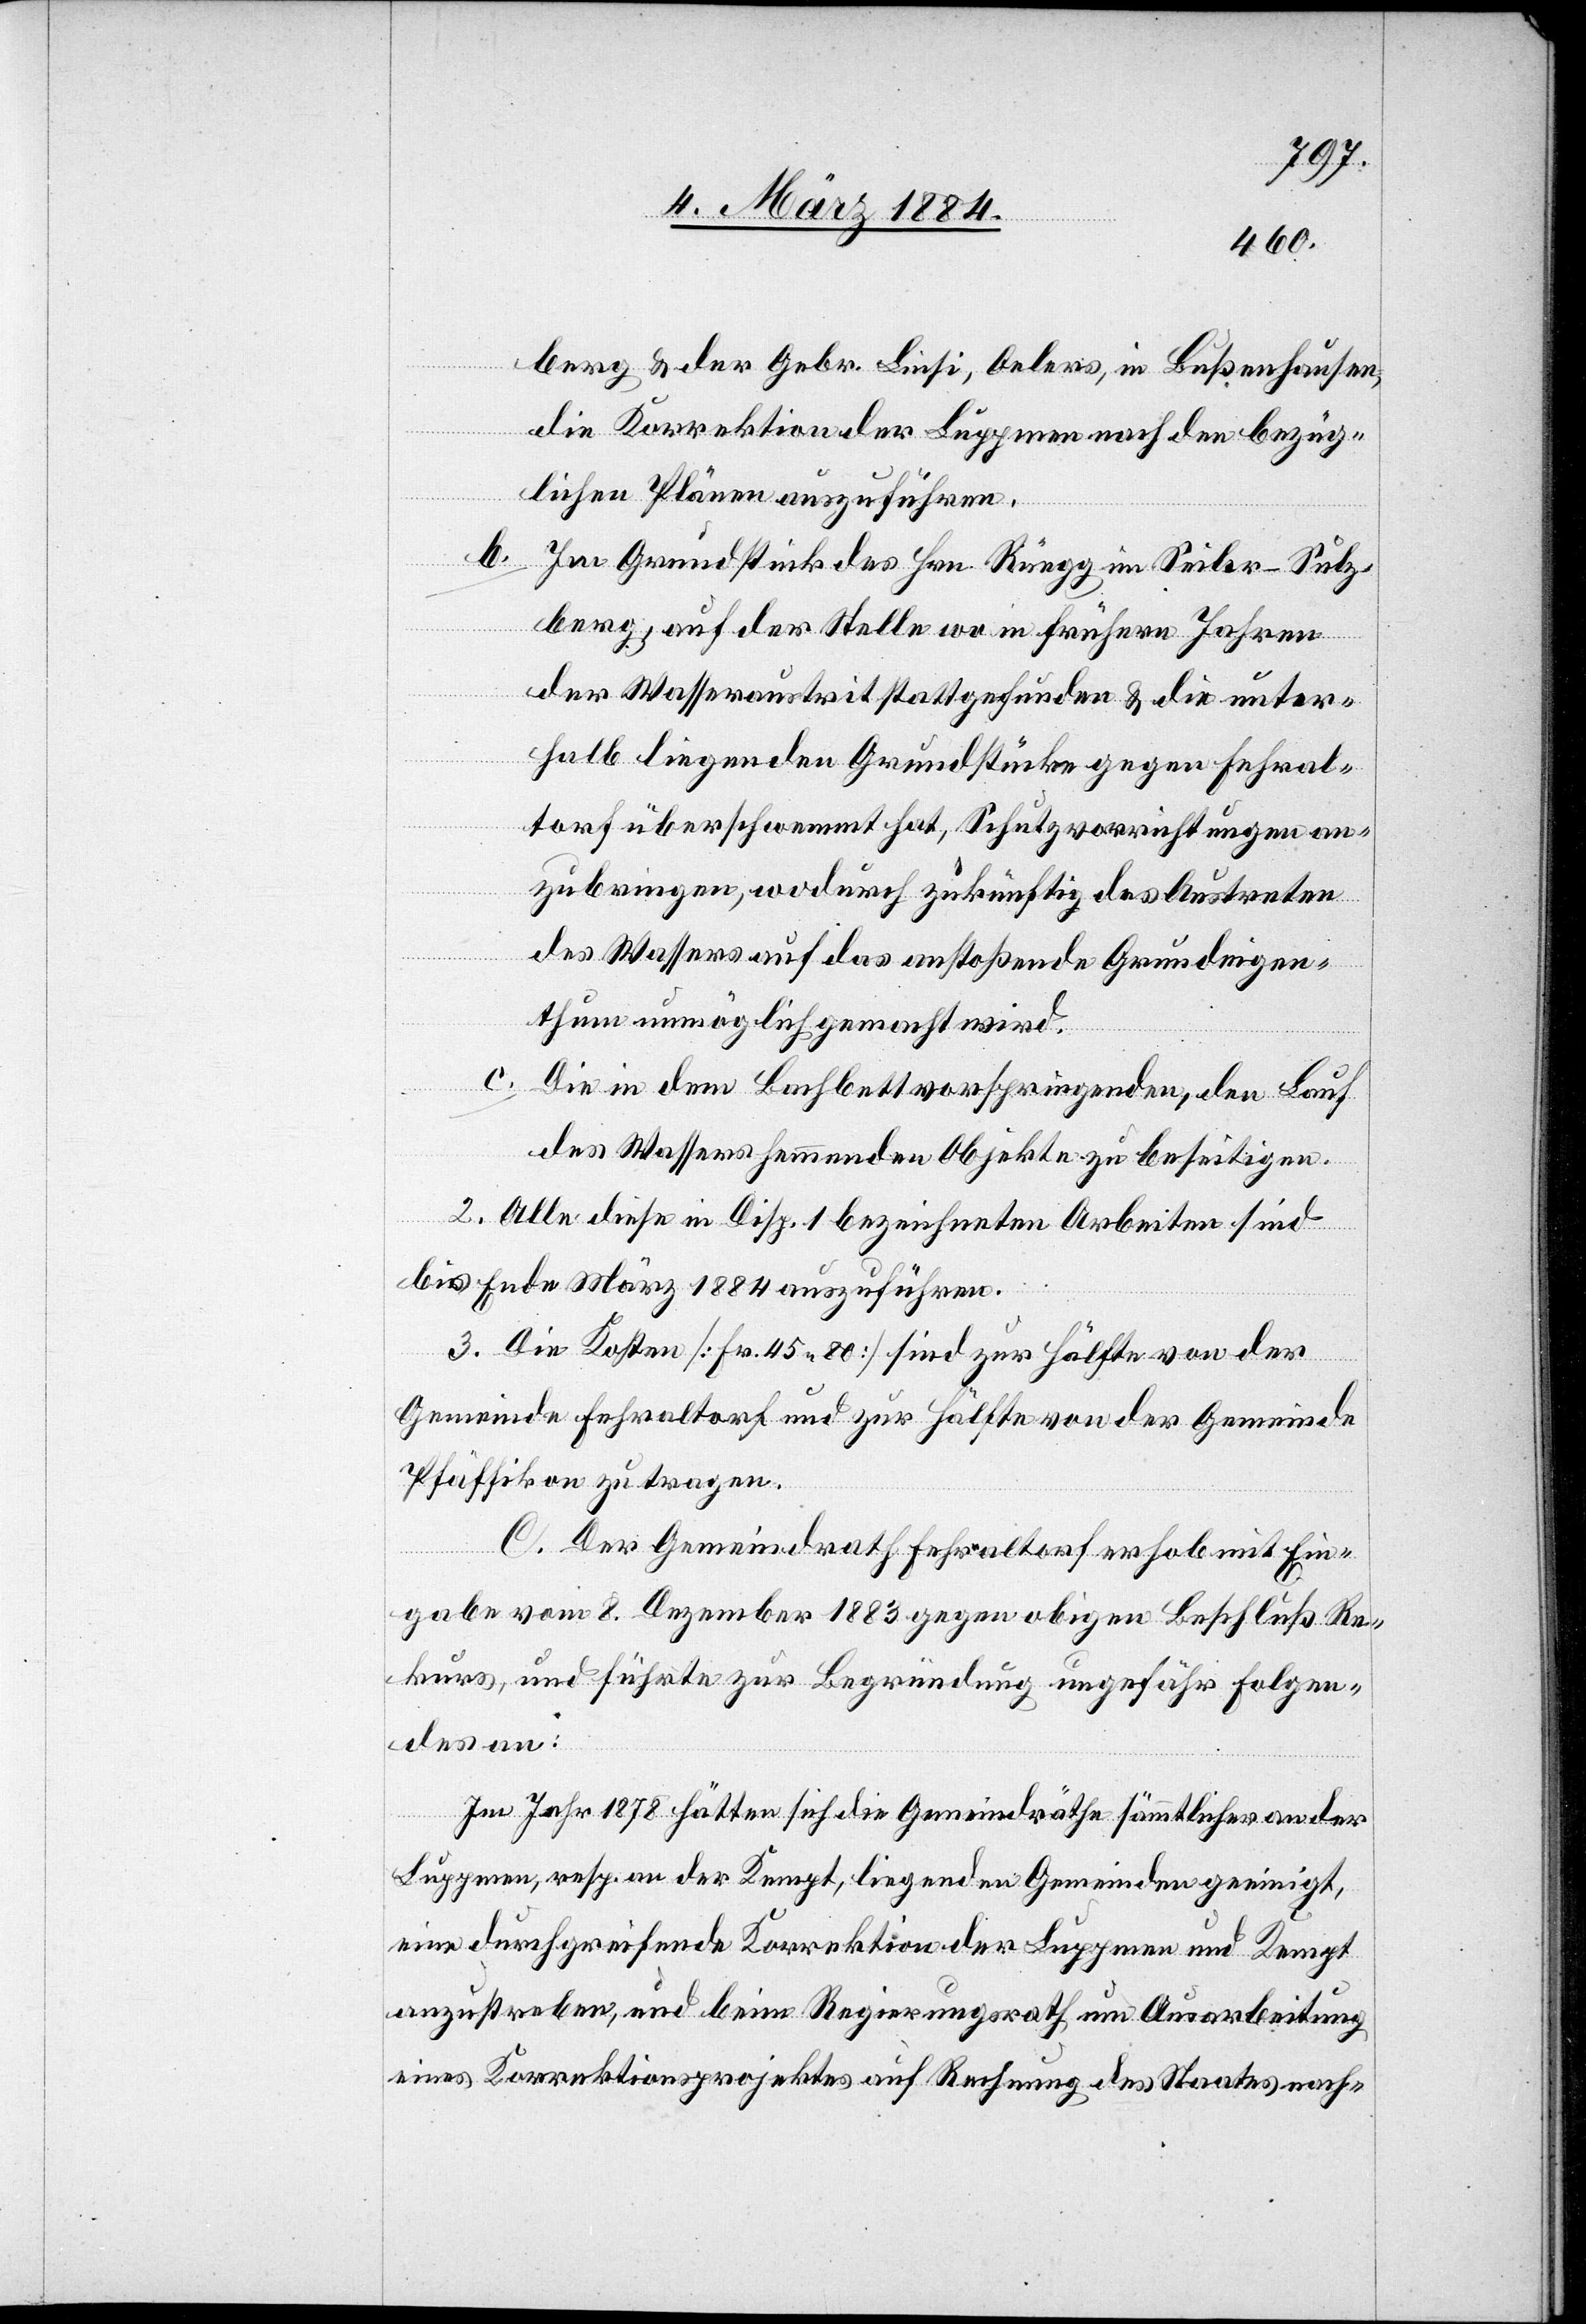
berg & der Gebr. Linsi, Oelers, in Bußenhausen,
die Korrektion der Luppmen nach den bezüg¬
lichen Plänen auszuführen.
b. Im Grundstück des Hrn. Rüegg im Seiler - Sulz¬
berg, auf der Stelle wo in frühern Jahren
der Wasseraustrit[t] stattgefunden & die unter¬
halb liegenden Grundstücke gegen Fehral¬
torf überschwemmt hat, Schutzvorrichtungen an¬
zubringen, wodurch zukünftig das Austreten
des Wassers auf das anstoßende Grundeigen¬
thum unmöglich gemacht wird.
c.
Die in dem Bachbett vorspringenden, den Lauf
des Wassers hemmenden Objekte zu beseitigen.
2. Alle diese in Disp. 1 bezeichneten Arbeiten sind
bis Ende März 1884 aufzuführen.
3. Die Kosten [Fr. 45 80] sind zur Hälfte von der
Gemeinde Fehraltorf und zur Hälfte von der Gemeinde
Pfäffikon zu tragen.
C. Der Gemeindrath Fehraltorf erhob mit Ein¬
gabe vom 8. Dezember 1883 gegen obigen Beschluß Re¬
kurs, und führte zur Begründung ungefähr Folgen¬
des an:
Im Jahr 1878 hätten sich die Gemeindräthe sämmtlicher an der
Luppmen, resp. an der Kempt, liegenden Gemeinden geeinigt,
eine durchgreifende Korrektion der Luppmen und Kempt
anzustoßen, und beim Regierungsrath um Ausarbeitung
eines Korrektionsprojektes auf Rechnung des Staates nach-